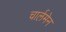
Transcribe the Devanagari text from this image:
चार्लमेन